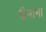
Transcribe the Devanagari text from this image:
दीनांना